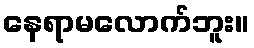
နေရာမလောက်ဘူး။